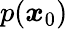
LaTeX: p(\boldsymbol{x}_{0})